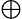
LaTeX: \oplus